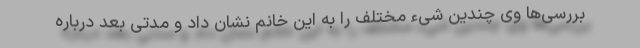
بررسی‌ها وی چندین شیء مختلف را به این خانم نشان داد و مدتی بعد درباره